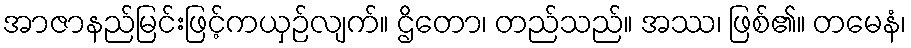
အာဇာနည်မြင်းဖြင့်ကယှဉ်လျက်။ ဌိတော၊ တည်သည်။ အဿ၊ ဖြစ်၏။ တမေနံ၊